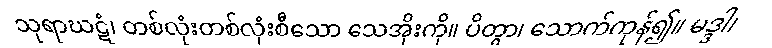
သုရာဃဋံ၊ တစ်လုံးတစ်လုံးစီသော သေအိုးကို။ ပိတွာ၊ သောက်ကုန်၍။ မဒ္ဒါ၊